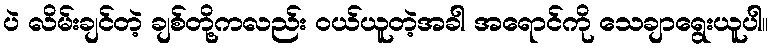
ပဲ လိမ်းချင်တဲ့ ချစ်တို့ကလည်း ဝယ်ယူတဲ့အခါ အရောင်ကို သေချာရွေးယူပါ။